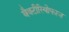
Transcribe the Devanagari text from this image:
बैक्टीरियोफाज